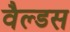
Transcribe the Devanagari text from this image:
वैल्डस